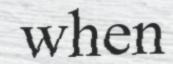
when